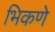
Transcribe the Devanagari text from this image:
भिकणे